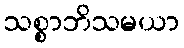
သစ္စာဘိသမယာ